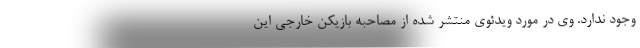
وجود ندارد. وی در مورد ویدئوی منتشر شده از مصاحبه بازیکن خارجی این